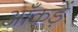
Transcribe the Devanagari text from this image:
आँकड़ें